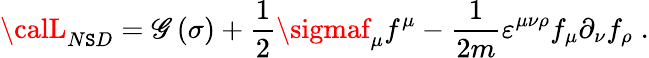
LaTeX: {\calL}_{N\mathtt{S}D}=\mathscr{G}\left(\sigma\right)+\frac{1}{{2}}\sigmaf_{\mu}f^{\mu}-\frac{1}{{2m}}\varepsilon^{\mu\nu\rho}f_{\mu}\partial_{\nu}f_{\rho}\; .